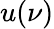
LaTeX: u(\nu)